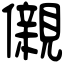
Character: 儭